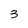
Character: 3